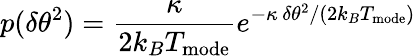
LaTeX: p(\delta\theta^{2})=\frac{\kappa}{2k_{B}T_{\mathrm{{mode}}}}e^{-\kappa\, \delta\theta^{2}/(2k_{B}T_{\mathrm{{mode}}})}